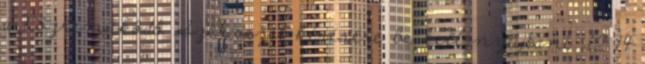
a Közreműködő Szervezet kérésére be kell nyújtani. 12 14